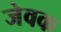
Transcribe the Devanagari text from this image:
जेवक